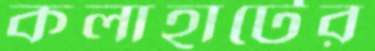
কলাহাটের